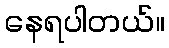
နေရပါတယ်။